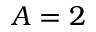
A = 2